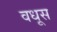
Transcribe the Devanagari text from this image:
वधूस